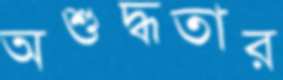
অশুদ্ধতার